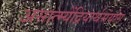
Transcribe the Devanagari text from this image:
असात्म्येंद्रियार्थसंयोग